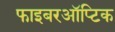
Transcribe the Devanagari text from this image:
फाइबरऑप्टिक